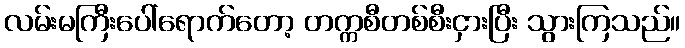
လမ်းမကြီးပေါ်ရောက်တော့ တက္ကစီတစ်စီးငှားပြီး သွားကြသည်။